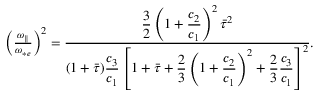
\begin{array} { r } { \left( \frac { { \omega _ { \parallel } } } { \omega _ { * e } } \right) ^ { 2 } = \frac { \displaystyle \frac { 3 } { 2 } \left( 1 + \frac { c _ { 2 } } { c _ { 1 } } \right) ^ { 2 } \bar { \tau } ^ { 2 } } { \displaystyle ( 1 + \bar { \tau } ) \frac { c _ { 3 } } { c _ { 1 } } \left[ 1 + \bar { \tau } + \frac { 2 } { 3 } \left( 1 + \frac { c _ { 2 } } { c _ { 1 } } \right) ^ { 2 } + \frac { 2 } { 3 } \frac { c _ { 3 } } { c _ { 1 } } \right] ^ { 2 } } . } \end{array}